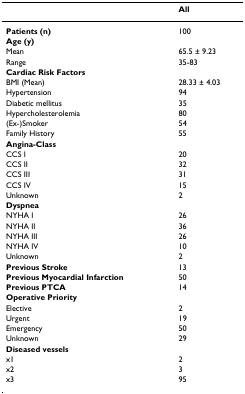
<table><thead><tr><td></td><td><b>All</b></td></tr></thead><tbody><tr><td><b>Patients (n)</b></td><td>100</td></tr><tr><td><b>Age (y)</b></td><td></td></tr><tr><td>Mean</td><td>65.5 ± 9.23</td></tr><tr><td>Range</td><td>35-83</td></tr><tr><td><b>Cardiac Risk Factors</b></td><td></td></tr><tr><td>BMI (Mean)</td><td>28.33 ± 4.03</td></tr><tr><td>Hypertension</td><td>94</td></tr><tr><td>Diabetic mellitus</td><td>35</td></tr><tr><td>Hypercholesterolemia</td><td>80</td></tr><tr><td>(Ex-)Smoker</td><td>54</td></tr><tr><td>Family History</td><td>55</td></tr><tr><td><b>Angina-Class</b></td><td></td></tr><tr><td>CCS I</td><td>20</td></tr><tr><td>CCS II</td><td>32</td></tr><tr><td>CCS III</td><td>31</td></tr><tr><td>CCS IV</td><td>15</td></tr><tr><td>Unknown</td><td>2</td></tr><tr><td><b>Dyspnea</b></td><td></td></tr><tr><td>NYHA I</td><td>26</td></tr><tr><td>NYHA II</td><td>36</td></tr><tr><td>NYHA III</td><td>26</td></tr><tr><td>NYHA IV</td><td>10</td></tr><tr><td>Unknown</td><td>2</td></tr><tr><td><b>Previous Stroke</b></td><td>13</td></tr><tr><td><b>Previous Myocardial Infarction</b></td><td>50</td></tr><tr><td><b>Previous PTCA</b></td><td>14</td></tr><tr><td><b>Operative Priority</b></td><td></td></tr><tr><td>Elective</td><td>2</td></tr><tr><td>Urgent</td><td>19</td></tr><tr><td>Emergency</td><td>50</td></tr><tr><td>Unknown</td><td>29</td></tr><tr><td><b>Diseased vessels</b></td><td></td></tr><tr><td>x1</td><td>2</td></tr><tr><td>x2</td><td>3</td></tr><tr><td>x3</td><td>95</td></tr></tbody></table>